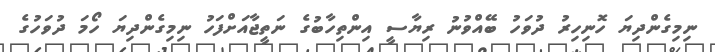
ނިމިގެންދިޔަ ހޮނިހިރު ދުވަހު ބޭއްވުނު ރިޔާސީ އިންތިހާބުގެ ނަތީޖާއަށްފަހު ނިމިގެންދިޔަ ހޯމަ ދުވަހުގެ